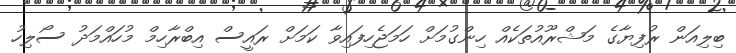
ބިލިއަން ރުފިޔާގެ މަޝްރޫއުތަކެއް ހިންގުމަށް ހަމަޖެހިފައިވާ ކަމަށް ރައީސް އިބްރާހިމް މުހައްމަދު ސޯލިހު